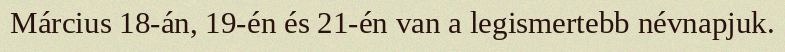
Március 18-án, 19-én és 21-én van a legismertebb névnapjuk.